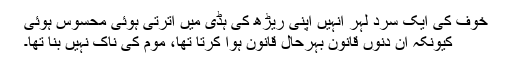
خوف کی ایک سرد لہر انہیں اپنی ریڑھ کی ہڈی میں اُترتی ہوئی محسوس ہوئی
کیونکہ ان دنوں قانون بہرحال قانون ہوا کرتا تھا، موم کی ناک نہیں بنا تھا۔